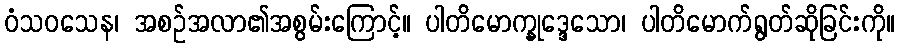
ဝံသဝသေန၊ အစဉ်အလာ၏အစွမ်းကြောင့်။ ပါတိမောက္ခုဒ္ဒေသော၊ ပါတိမောက်ရွတ်ဆိုခြင်းကို။